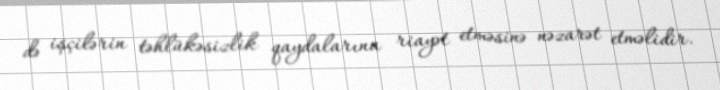
də işçilərin təhlükəsizlik qaydalarına riayət etməsinə nəzarət etməlidir.